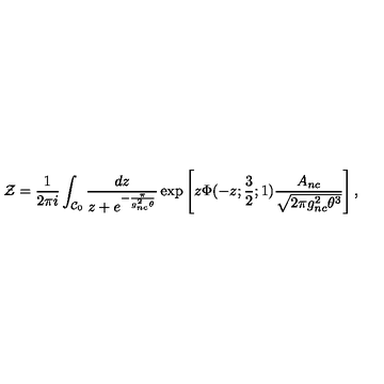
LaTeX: { \cal Z } = \frac { 1 } { 2 \pi i } \int _ { { \cal C } _ { 0 } } \frac { d z } { z + e ^ { - \frac { \pi } { g _ { n c } ^ { 2 } \theta } } } \exp \left[ z \Phi ( - z ; \frac { 3 } { 2 } ; 1 ) \frac { A _ { n c } } { \sqrt { 2 \pi g _ { n c } ^ { 2 } \theta ^ { 3 } } } \right] ,